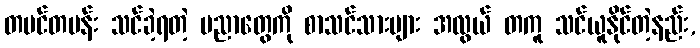
တပင်တပန်း သင်ခဲ့ရတဲ့ ပညာတွေကို စာသင်သားများ အလွယ် တကူ သင်ယူနိုင်တဲ့နည်း,